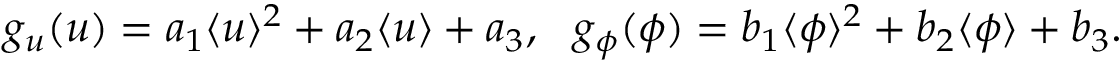
\begin{array} { r } { g _ { u } ( u ) = a _ { 1 } \langle u \rangle ^ { 2 } + a _ { 2 } \langle u \rangle + a _ { 3 } , \ \ g _ { \phi } ( \phi ) = b _ { 1 } \langle \phi \rangle ^ { 2 } + b _ { 2 } \langle \phi \rangle + b _ { 3 } . } \end{array}